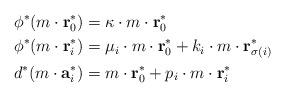
LaTeX: \begin{align*}\phi^*(m \cdot \textbf{r}_0^*) &= \kappa\cdot m \cdot \textbf{r}_0^* \\\phi^*(m \cdot \textbf{r}_i^*) &= \mu_i \cdot m \cdot \textbf{r}_0^* + k_i \cdot m \cdot \textbf{r}_{\sigma(i)}^* \\d^*(m \cdot \textbf{a}_i^*) & = m \cdot \textbf{r}_0^* + p_i \cdot m \cdot \textbf{r}_i^*\end{align*}